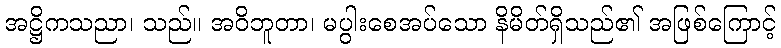
အဋ္ဌိကသညာ၊ သည်။ အဝိဘူတာ၊ မပွါးစေအပ်သော နိမိတ်ရှိသည်၏ အဖြစ်ကြောင့်